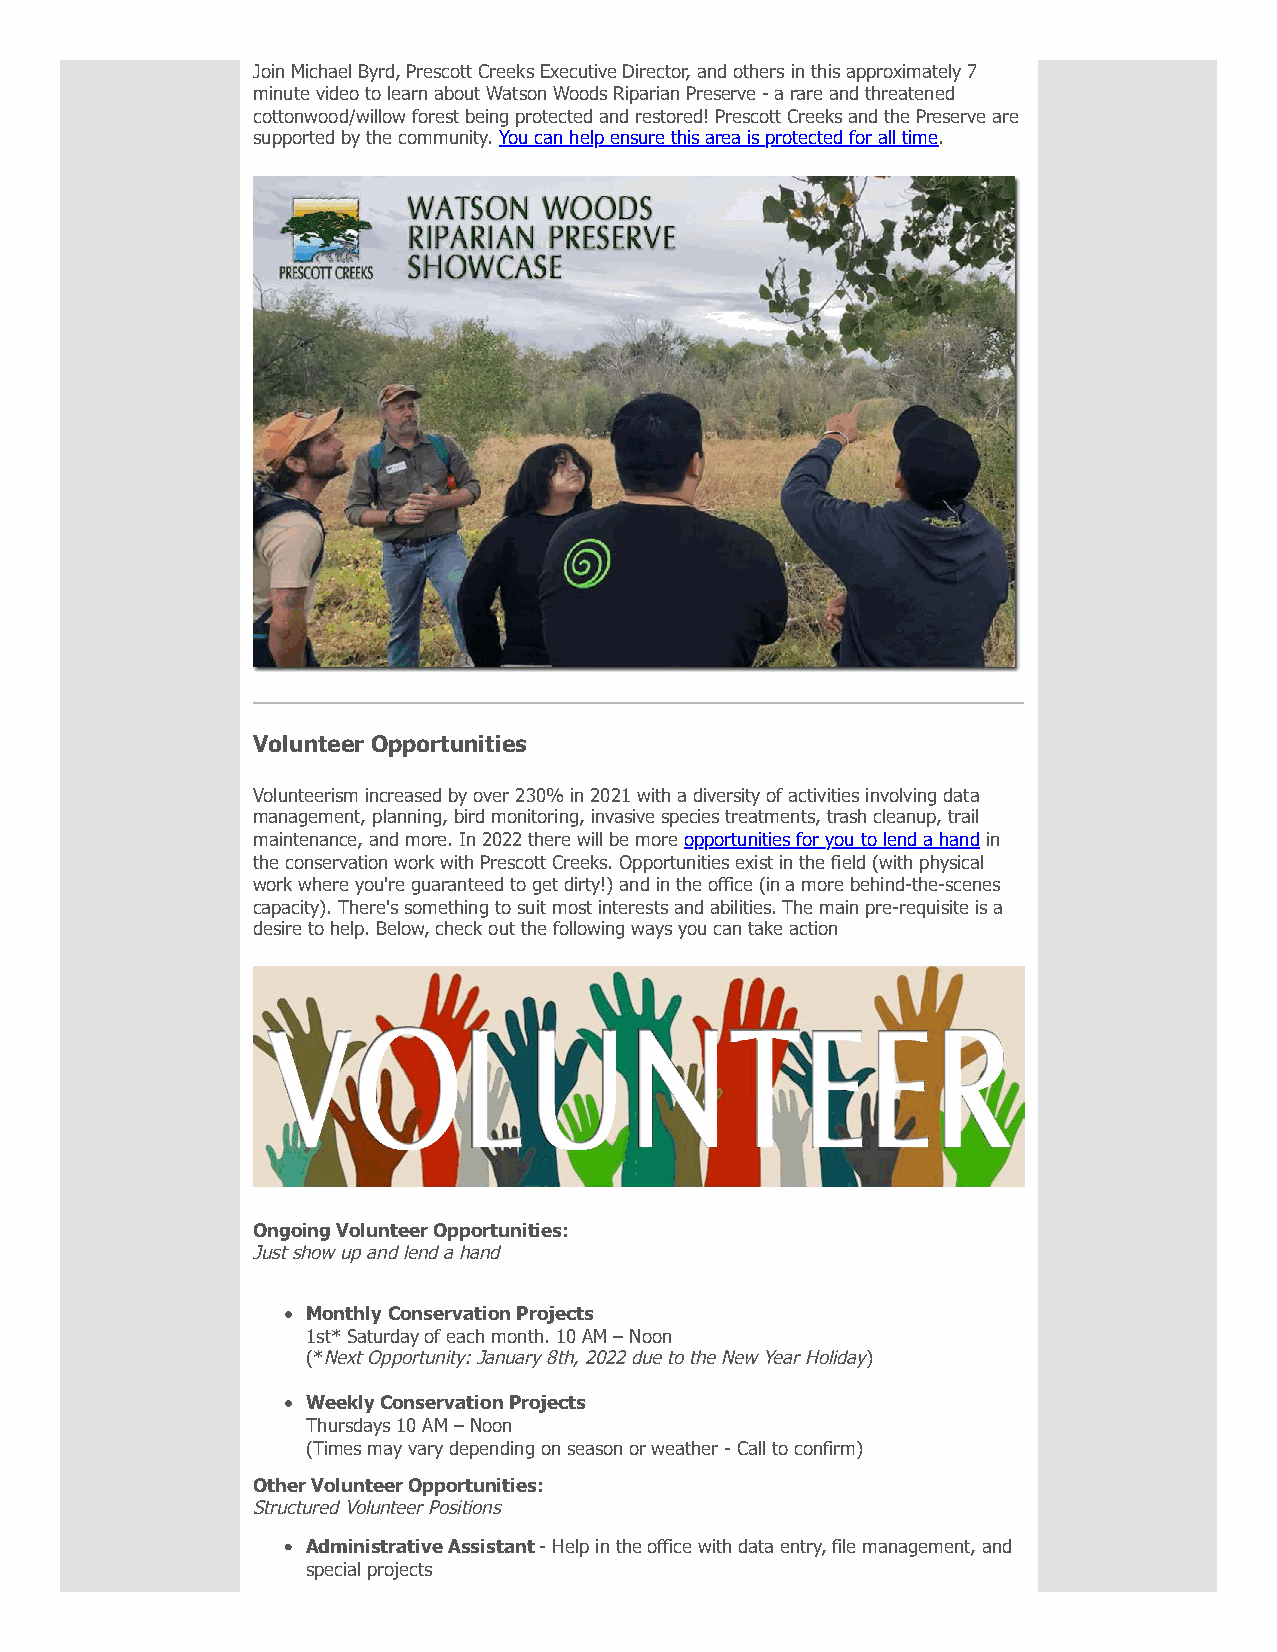
Join Michael Byrd, Prescott Creeks Executive Director, and others in this approximately 7
 minute video to learn about Watson Woods Riparian Preserve - a rare and threatened
 cottonwood/willow forest being protected and restored! Prescott Creeks and the Preserve are
 supported by the community. You can help ensure this area is protected for all time.
 Volunteer Opportunities
 Volunteerism increased by over 230% in 2021 with a diversity of activities involving data
 management, planning, bird monitoring, invasive species treatments, trash cleanup, trail
 maintenance, and more. In 2022 there will be more opportunities for you to lend a hand in
 the conservation work with Prescott Creeks. Opportunities exist in the field (with physical
 work where you're guaranteed to get dirty!) and in the office (in a more behind-the-scenes
 capacity). There's something to suit most interests and abilities. The main pre-requisite is a
 desire to help. Below, check out the following ways you can take action
 Ongoing Volunteer Opportunities:
 Just show up and lend a hand
 Monthly Conservation Projects
 1st* Saturday of each month. 10 AM – Noon
 (*Next Opportunity: January 8th, 2022 due to the New Year Holiday)
 Weekly Conservation Projects
 Thursdays 10 AM – Noon
 (Times may vary depending on season or weather - Call to confirm)
 Other Volunteer Opportunities:
 Structured Volunteer Positions
 Administrative Assistant - Help in the office with data entry, file management, and
 special projects